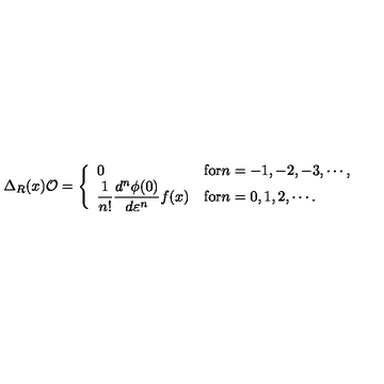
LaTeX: \Delta _ { R } ( x ) { \cal O } = \left\{ \begin{array} { l l } { 0 } & { \mathrm { f o r } n = - 1 , - 2 , - 3 , \cdots , \vspace { 3 m m } } \\ { \displaystyle { \frac { 1 } { n ! } \frac { d ^ { n } \phi ( 0 ) } { d \varepsilon ^ { n } } f ( x ) } } & { \mathrm { f o r } n = 0 , 1 , 2 , \cdots . } \\ \end{array} \right.